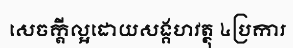
សេចក្តីល្អដោយសង្គហវត្ថុ ៤ប្រការ